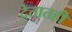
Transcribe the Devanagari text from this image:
देतातही